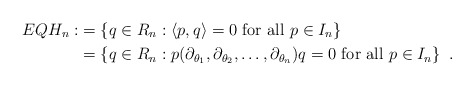
\begin{align*}EQH_n :&= \left\{ q \in R_n : \left< p, q \right> = 0 \hbox{ for all } p \in I_n \right\}\\ &=\left\{ q \in R_n : p(\partial_{\theta_1}, \partial_{\theta_2}, \ldots, \partial_{\theta_n})q= 0 \hbox{ for all } p \in I_n \right\}~.\end{align*}